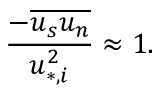
\frac { - \overline { { u _ { s } u _ { n } } } } { u _ { * , i } ^ { 2 } } \approx 1 .